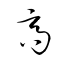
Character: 髙